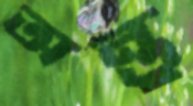
অন্তু